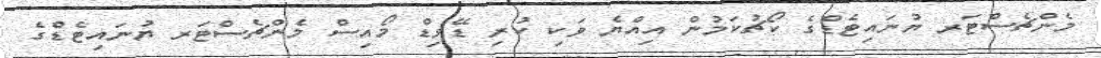
މެންޗެސްޓަރ ޔުނައިޓެޑްގެ ކޯޗުކަމުން އިއްޔެ ވަކި ކުރި ޑޭވިޑް މޯއިސް މެންޗެސްޓަރ ޔުނައިޓެޑްެގެ